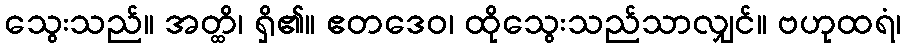
သွေးသည်။ အတ္ထိ၊ ရှိ၏။ ဧတဒေဝ၊ ထိုသွေးသည်သာလျှင်။ ဗဟုထရံ၊